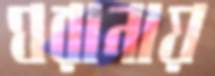
ঘরানায়